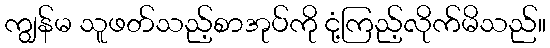
ကျွန်မ သူဖတ်သည့်စာအုပ်ကို ငုံ့ကြည့်လိုက်မိသည်။